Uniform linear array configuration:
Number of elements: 48
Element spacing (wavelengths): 1
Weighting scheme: binomial
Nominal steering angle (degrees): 0
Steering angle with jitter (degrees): -0.05407
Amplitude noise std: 0.05
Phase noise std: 0.05

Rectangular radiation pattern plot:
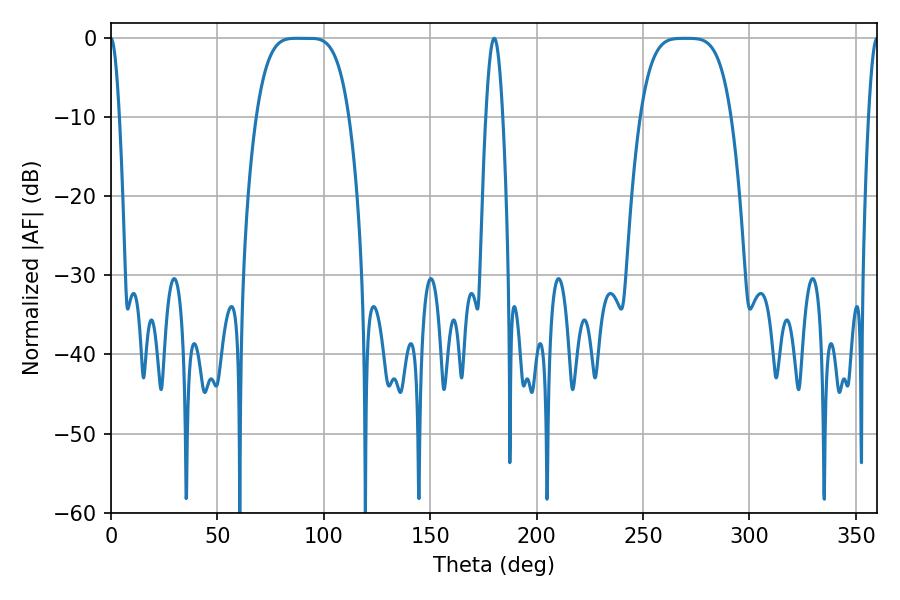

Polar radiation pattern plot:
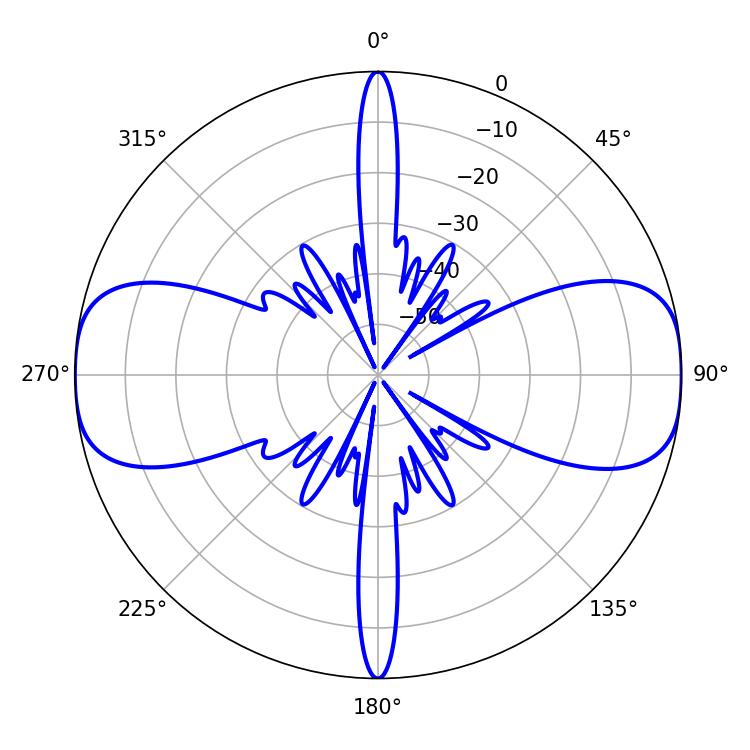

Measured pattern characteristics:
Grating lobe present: TRUE
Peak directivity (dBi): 20.115
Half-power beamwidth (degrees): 32.4
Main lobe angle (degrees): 87.12